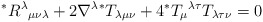
\begin{align*}^{\ast }R^{\lambda }{}_{\mu \nu \lambda }+2\nabla ^{\lambda }{}^{\ast}T_{\lambda \mu \nu }+4{}^{\ast }T_{\mu }{}^{\lambda \tau }{}T_{\lambda \tau\nu }=0 \end{align*}